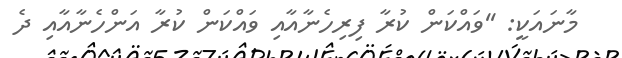
މާނައަކީ: ''ވައްކަން ކުރާ ފިރިހެނާއާއި ވައްކަން ކުރާ އަންހެނާއާއި ދެ